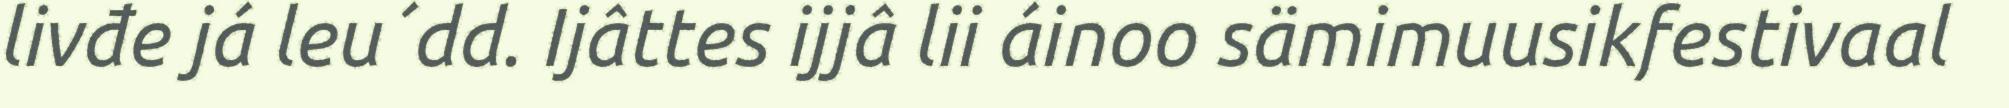
livđe já leu´dd. Ijâttes ijjâ lii áinoo sämimuusikfestivaal